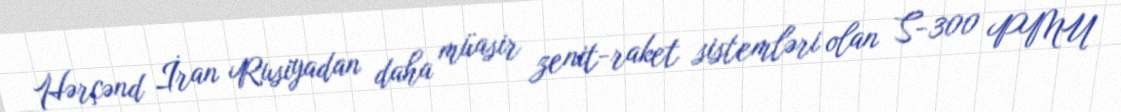
Hərçənd İran Rusiyadan daha müasir zenit-raket sistemləri olan S-300 PMU